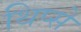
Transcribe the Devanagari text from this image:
थिप्से